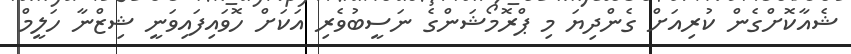
ޝެއާކޮށްގެން ކުރިއަށް ގެންދިޔަ މި ޕްރޮމޯޝަންގެ ނަސީބުވެރި އަކަށް ހޮވައިފައިވަނީ ޝިޒްނާ ހަލީމް